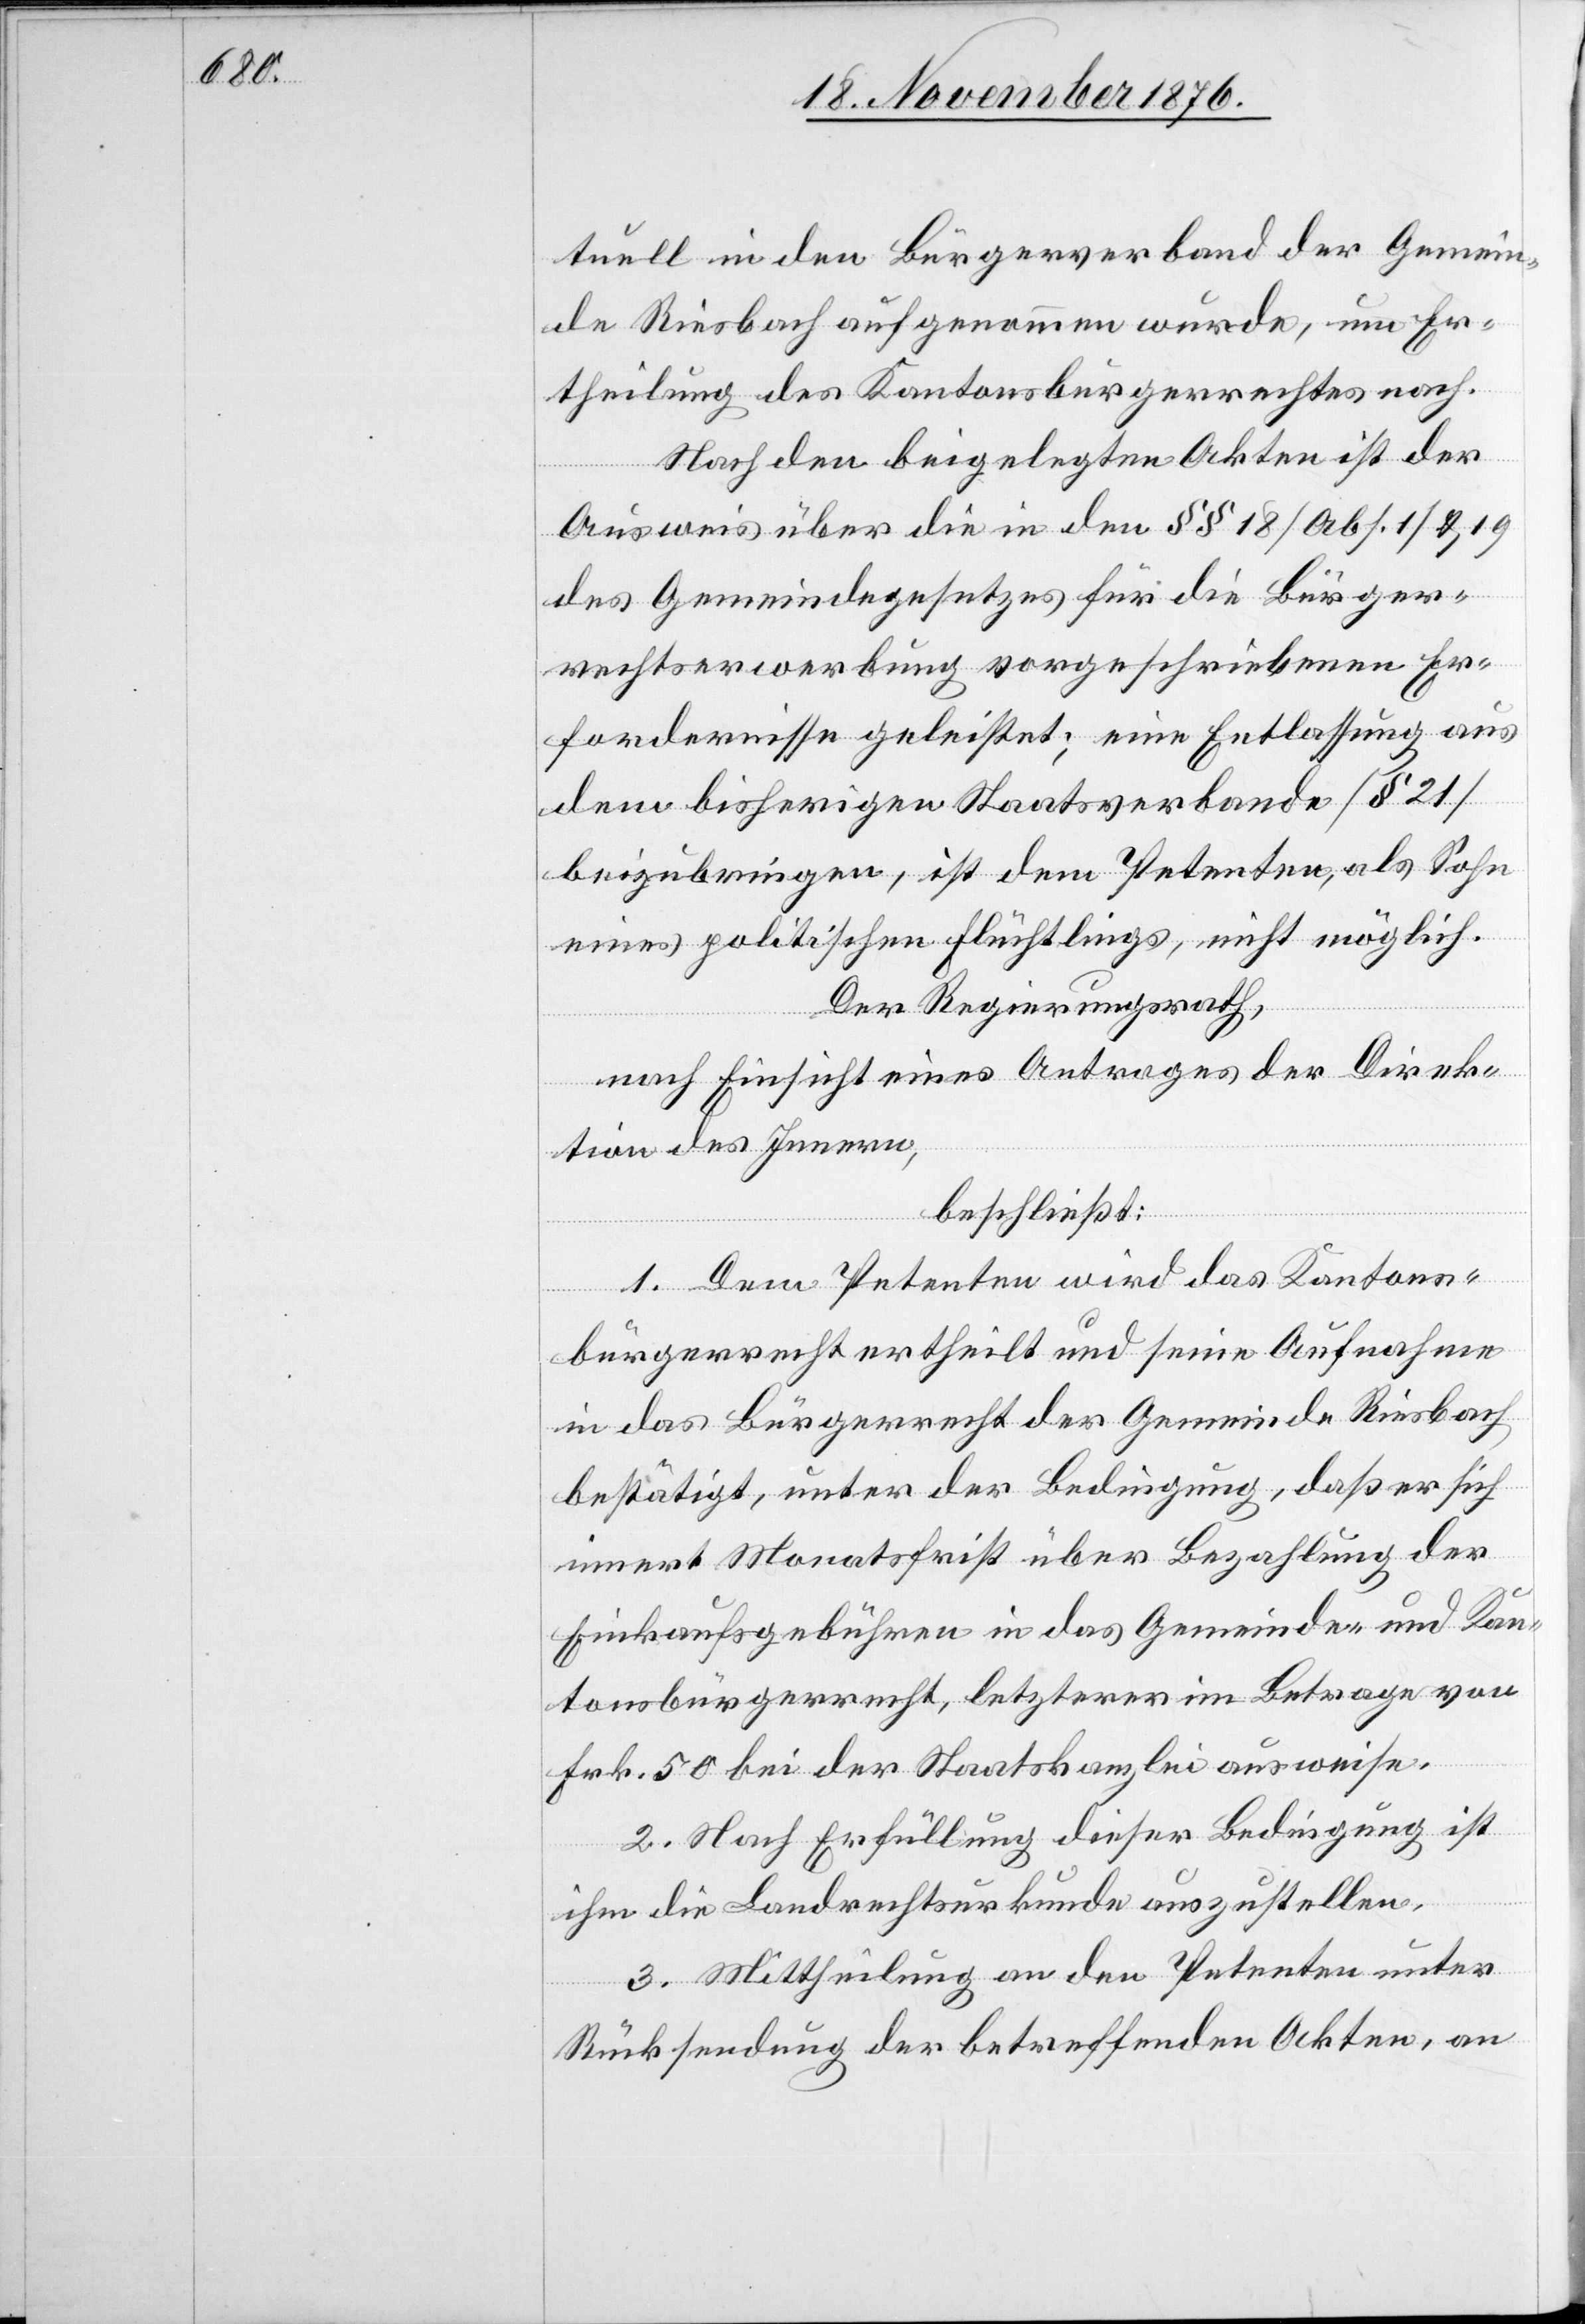
tuell in den Bürgerverband der Gemein¬
de Riesbach aufgenommen wurde, um Er¬
theilung des Kantonsbürgerrechtes nach.
Nach den beigelegten Akten ist der
Ausweis über die in den §§ 18 [Abs. 1] und 19
des Gemeindegesetzes für die Bürger¬
rechtserwerbung vorgeschriebenen Er¬
fordernisse geleistet; eine Entlassung aus
dem bisherigen Staatsverbande [§ 21]
beizubringen, ist dem Petenten, als Sohn
eines politischen Flüchtlings, nicht möglich.
Der Regierungsrath,
nach Einsicht eines Antrages der Direk¬
tion des Innern,
Riesbach
beschließt:
1. Dem Petenten wird das Kantons¬
bestätigt, unter der Bedingung, daß er sich
innert Monatsfrist über Bezahlung der
Einkaufsgebühren in das Gemeinde- und Kan¬
tonsbürgerrecht, letzterer im Betrage von
Frk. 50 bei der Staatskanzlei ausweise.
2. Nach Erfüllung dieser Bedingung ist
ihm die Landrechtsurkunde auszustellen.
3. Mittheilung an den Petenten unter
Rücksendung der betreffenden Akten, an